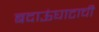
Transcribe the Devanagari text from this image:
बदाऊंघाटाची